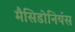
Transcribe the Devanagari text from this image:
मैसिडोनियंस